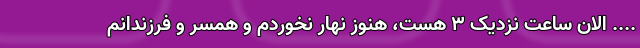
..‌‌‌.. الان ساعت نزدیک ۳ هست، هنوز نهار نخوردم و همسر و فرزندانم